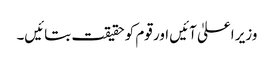
وزیر اعلیٰ آئیں اور قوم کو حقیقت بتائیں۔